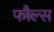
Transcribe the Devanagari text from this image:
फौल्स